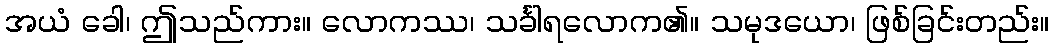
အယံ ခေါ၊ ဤသည်ကား။ လောကဿ၊ သင်္ခါရလောက၏။ သမုဒယော၊ ဖြစ်ခြင်းတည်း။